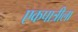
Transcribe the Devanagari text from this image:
एकपात्रीला